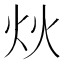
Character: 炏